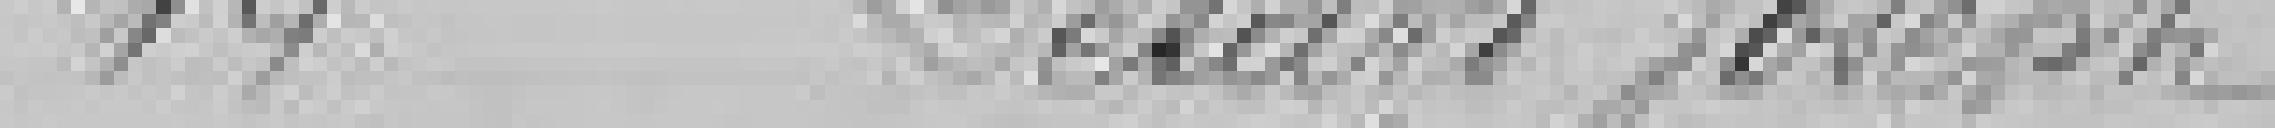
14 Lélard Joseph